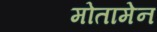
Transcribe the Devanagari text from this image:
मोतामेन